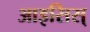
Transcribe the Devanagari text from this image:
आइसिस्